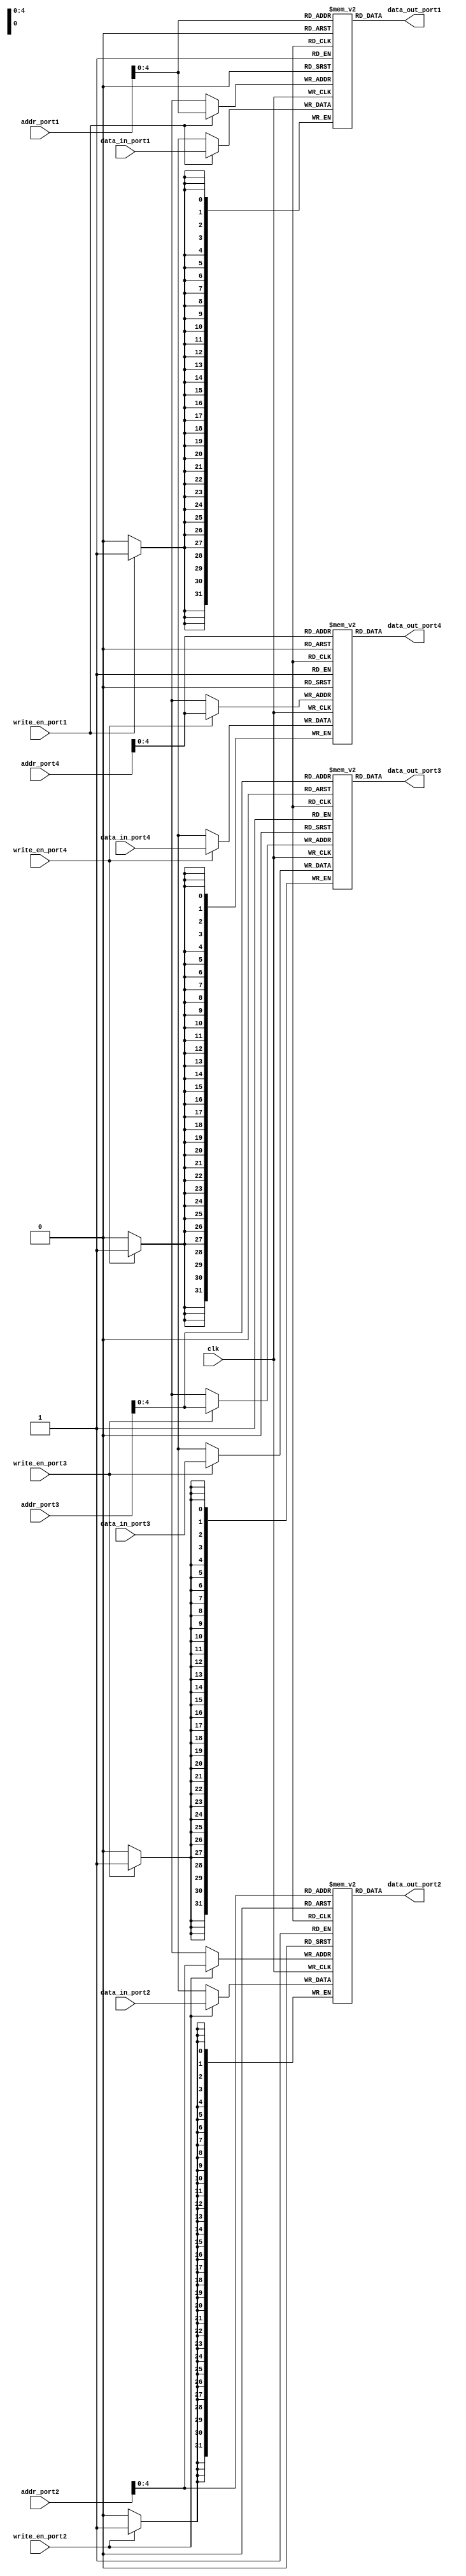
module Quad_port_register_file (
    input wire clk,
    input wire [31:0] addr_port1,
    input wire [31:0] data_in_port1,
    input wire write_en_port1,
    output reg [31:0] data_out_port1,

    input wire [31:0] addr_port2,
    input wire [31:0] data_in_port2,
    input wire write_en_port2,
    output reg [31:0] data_out_port2,

    input wire [31:0] addr_port3,
    input wire [31:0] data_in_port3,
    input wire write_en_port3,
    output reg [31:0] data_out_port3,

    input wire [31:0] addr_port4,
    input wire [31:0] data_in_port4,
    input wire write_en_port4,
    output reg [31:0] data_out_port4
);

reg [31:0] memory_block1 [0:31];
reg [31:0] memory_block2 [0:31];
reg [31:0] memory_block3 [0:31];
reg [31:0] memory_block4 [0:31];

always @(posedge clk) begin
    if(write_en_port1)
        memory_block1[addr_port1] <= data_in_port1;
    
    if(write_en_port2)
        memory_block2[addr_port2] <= data_in_port2;
    
    if(write_en_port3)
        memory_block3[addr_port3] <= data_in_port3;
    
    if(write_en_port4)
        memory_block4[addr_port4] <= data_in_port4;
end

assign data_out_port1 = memory_block1[addr_port1];
assign data_out_port2 = memory_block2[addr_port2];
assign data_out_port3 = memory_block3[addr_port3];
assign data_out_port4 = memory_block4[addr_port4];

endmodule